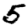
Digit: 5